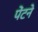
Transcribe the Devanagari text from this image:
पेंटने